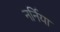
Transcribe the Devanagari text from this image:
नर्निया